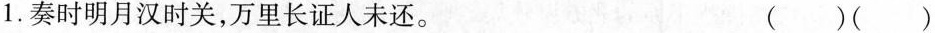
1.奏时明月汉时关，万里长证人未还。 ()()